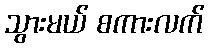
သွားမယ် စကားလက်